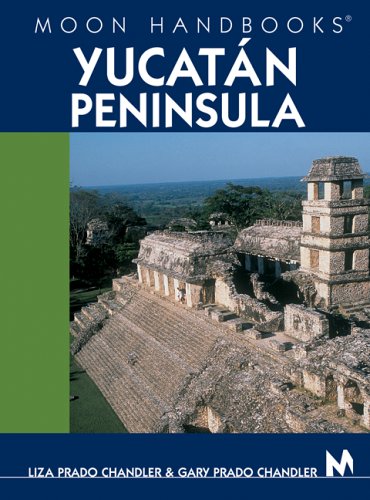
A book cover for Moon Handbooks Yucatan Peninsula; Liza Prado Chandler; Travel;